Burma Government Medical School reports 1923-41
Year: 1923
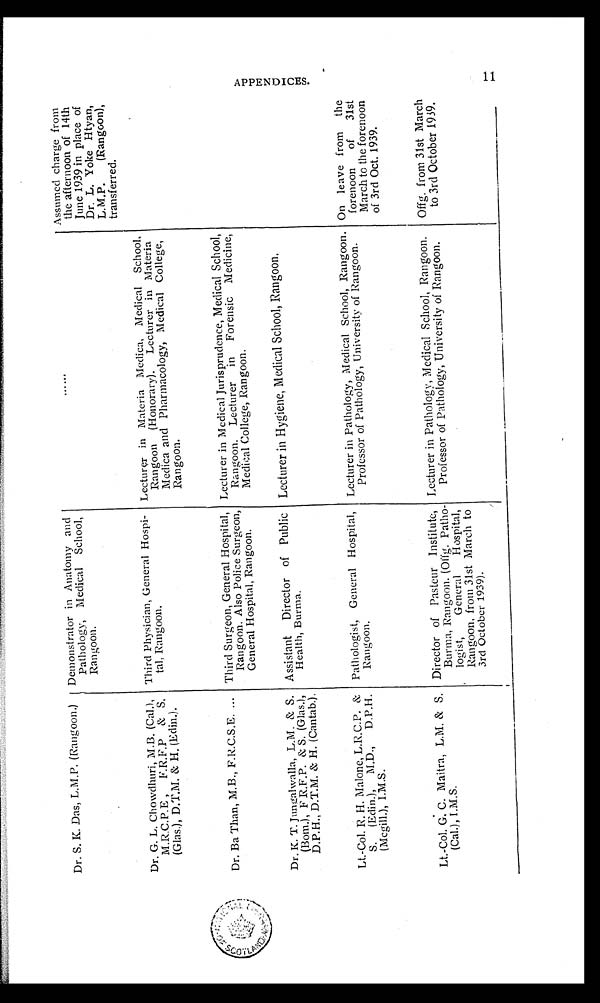
t-4
Dr. S. K. Das, L.M.P. (Rangoon.) Demonstrator in Anatomy and
Pathology, Medical School,
Rangoon.
Assumed charge from
the afternoon of 14th
June 1939 in place of
Dr. L. Yoke Htyan,
L.M.P. (Rangoon),
transferred.
Dr. G. L. Chowdhuri, M.B. (Cal.),
M.R.C.P.E , F.R.F.P & S.
(Glas.), D.T.M. & H. (Edin.).
Third Physician, General Hospi-
tal, Rangoon.
Lecturer in Materia Medica, Medical School.
Rangoon (Honorary). Lecturer in Materia
Medica and Pharmacology, Medical College,
Rangoon.
Dr. Ba Than, M.B., F.R.C.S.E.
Third Surgeon, General Hospital,
Rangoon. Also Police Surgeon,
General Hospital, Rangoon.
Lecturer in Medical Jurisprudence, Medical School,
Rangoon. Lecturer in Forensic Medicine,
Medical College, Rangoon.
Dr. K. T. Jungalwalla, L.M. & S.
(Bom.), F R.F.P. & S. (Glas.),
D.P.H., D.T.M. & H. (Cantab.).
Assistant Director of Public
Health, Burma.
Lecturer in Hygiene, Medical School, Rangoon.
Lt.-Col. R. H. Malone, L.R.C.P. &
S. (Edin.), M.D., D.P.H.
(Mcgill.), I.M.S.
Pathologist, General Hospital,
Rangoon.
Lecturer in Pathology, Medical School, Rangoon.
Professor of Pathology, University of Rangoon.
On leave from the
forenoon of 31st
March to the forenoon
of 3rd Oct. 1939.
Lt.-Col. G. C. Maitra, L.M. & S.
(Cal.), I.M.S.
Director of Pasteur Institute,
Burma, Rangoon. (Offg. Patho-
logist, General Hospital,
Rangoon, from 31st March to
3rd October 1939).
Lecturer in Pathology, Medical School, Rangoon.
Professor of Pathology, University of Rangoon.
Offg. from 31st March
to 3rd October 1939.